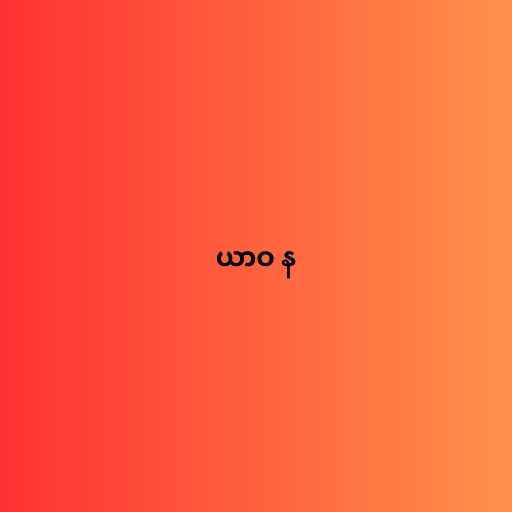
ယာဝ န